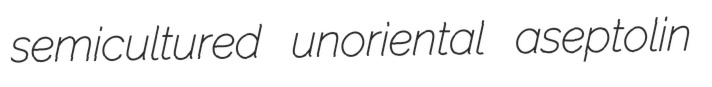
semicultured unoriental aseptolin